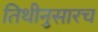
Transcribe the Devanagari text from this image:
तिथीनुसारच